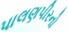
પાલણપીરનો